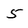
Character: 5